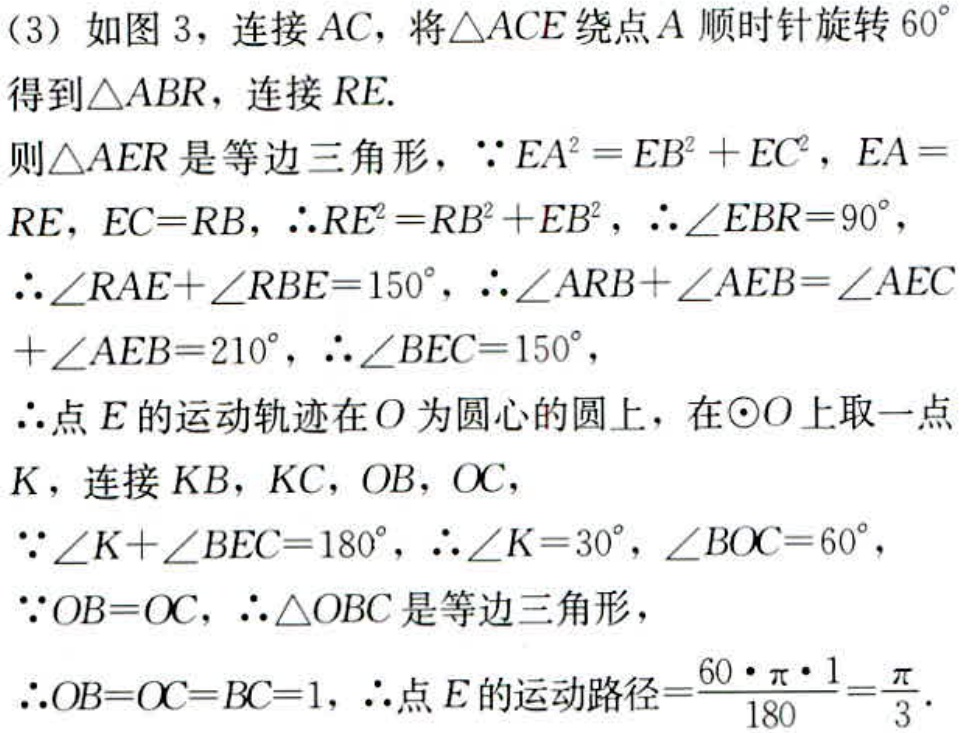
(3) 如图 3，连接 \(AC\)，将\(\triangle ACE\)绕点 \(A\) 顺时针旋转 \(60^{\circ}\)得到\(\triangle ABR\)，连接 \(RE\).
则\(\triangle AER\)是等边三角形，\(\because EA^{2}=EB^{2}+EC^{2}\)，\(EA = RE\)，\(EC = RB\)，\(\therefore RE^{2}=RB^{2}+EB^{2}\)，\(\therefore\angle EBR = 90^{\circ}\)，
\(\therefore\angle RAE+\angle RBE = 150^{\circ}\)，\(\therefore\angle ARB+\angle AEB=\angle AEC+\angle AEB = 210^{\circ}\)，\(\therefore\angle BEC = 150^{\circ}\)，
\(\therefore\)点 \(E\) 的运动轨迹在 \(O\) 为圆心的圆上，在\(\odot O\)上取一点 \(K\)，连接 \(KB\)，\(KC\)，\(OB\)，\(OC\)，
\(\because\angle K+\angle BEC = 180^{\circ}\)，\(\therefore\angle K = 30^{\circ}\)，\(\angle BOC = 60^{\circ}\)，
\(\because OB = OC\)，\(\therefore\triangle OBC\)是等边三角形，
\(\therefore OB = OC = BC = 1\)，\(\therefore\)点 \(E\) 的运动路径\(=\frac{60\cdot\pi\cdot1}{180}=\frac{\pi}{3}\).